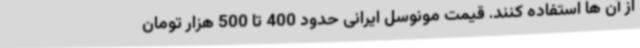
از آن ها استفاده کنند. قیمت مونوسل ایرانی حدود 400 تا 500 هزار تومان